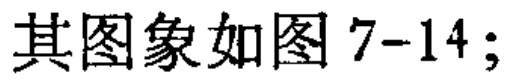
其图象如图 7-14；